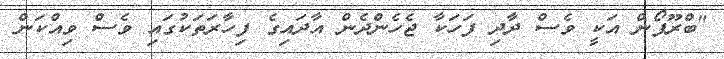
"ބްރޫފޯން އަކީ ވެސް ދާދި ފަހަކާ ޖެހެންދެން އާދައިގެ ފިހާރަތަކުގައި ވެސް ވިއްކަން